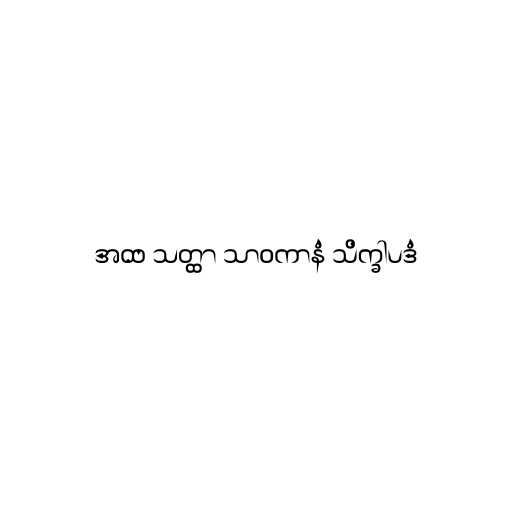
အထ သတ္ထာ သာဝကာနံ သိက္ခါပဒံ